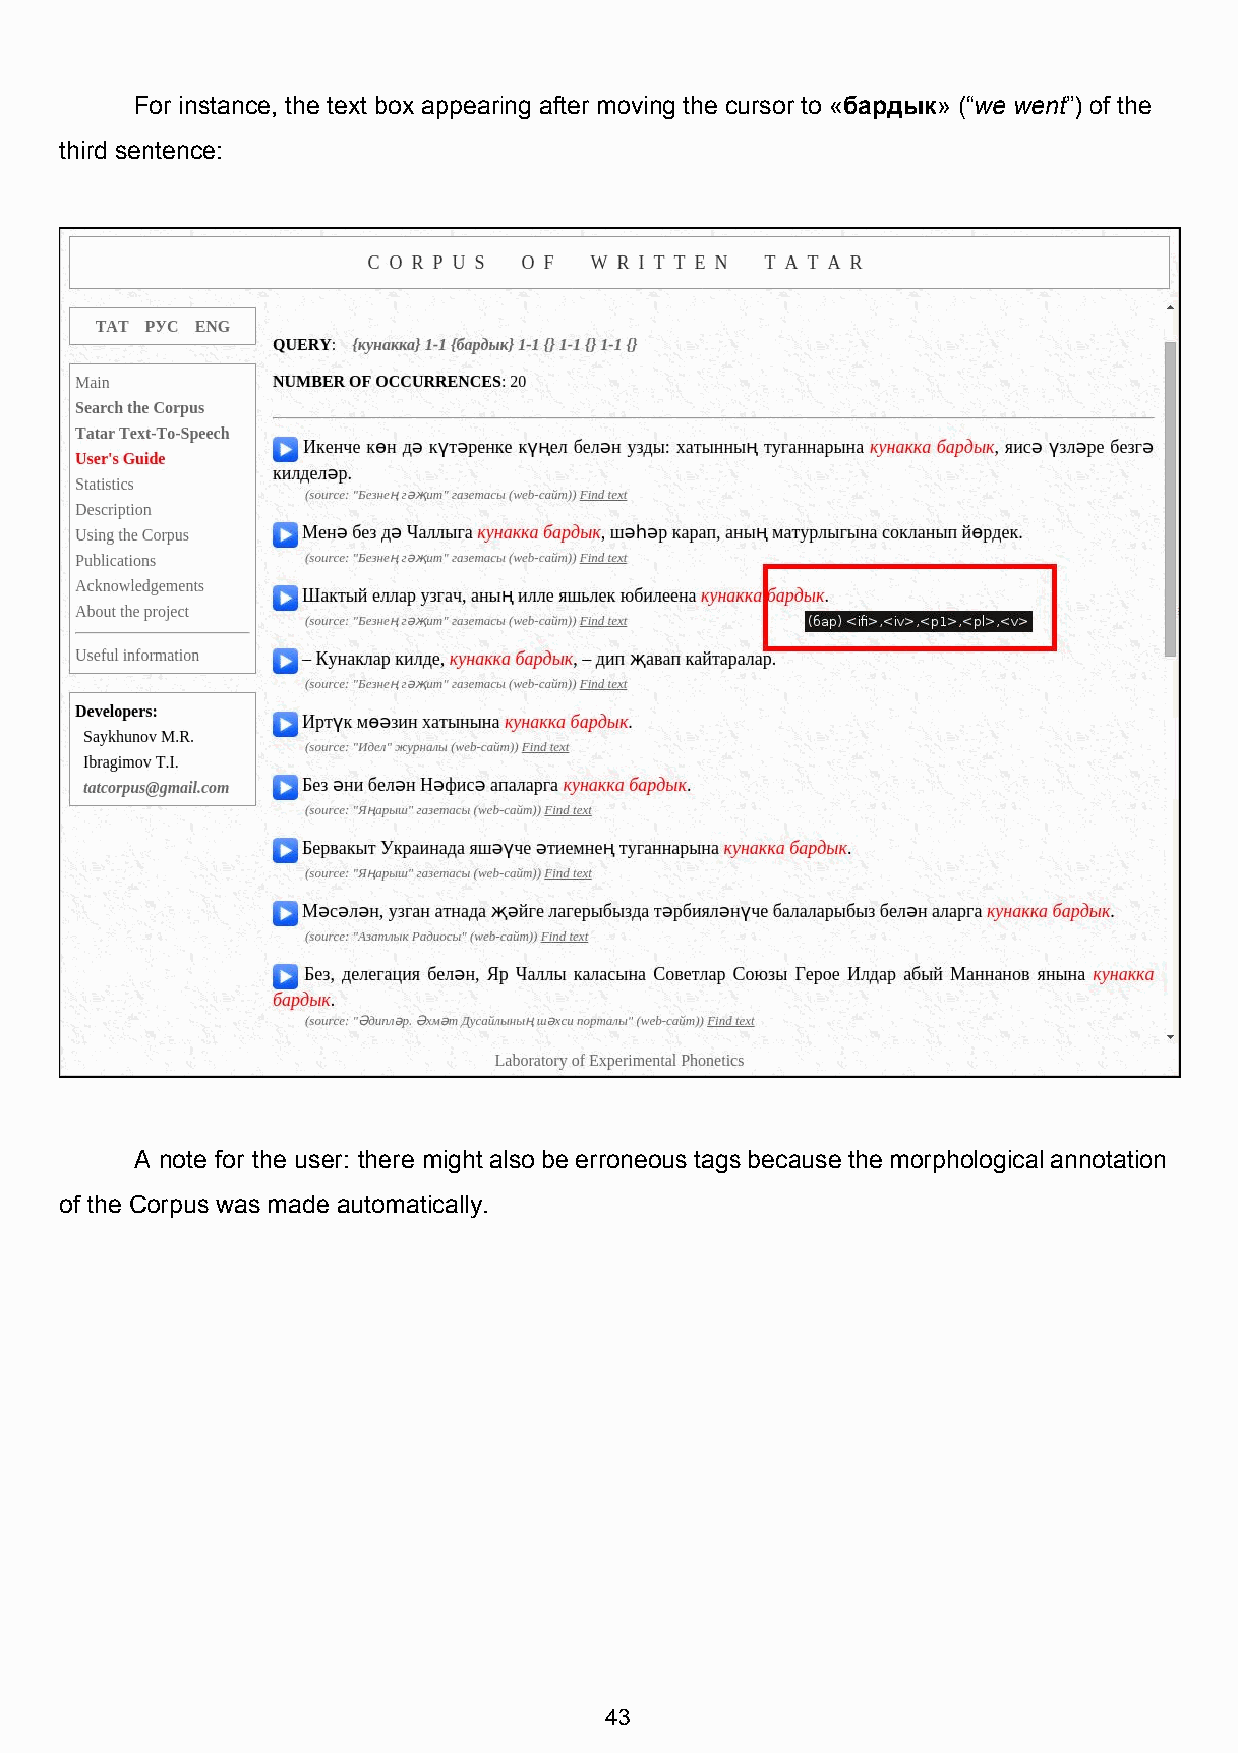
For instance, the text box appearing after moving the cursor to «бардык» (“we went”) of the
 ​     ​ ​     ​
 third sentence:
 A note for the user: there might also be erroneous tags because the morphological annotation
 of the Corpus was made automatically.
 43